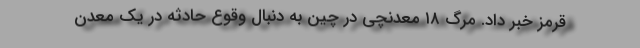
قرمز خبر داد. مرگ ۱۸ معدنچی در چین به دنبال وقوع حادثه در یک معدن